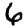
Digit: 6